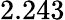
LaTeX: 2.243